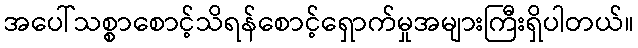
အပေါ်သစ္စာစောင့်သိရန်စောင့်ရှောက်မှုအများကြီးရှိပါတယ်။